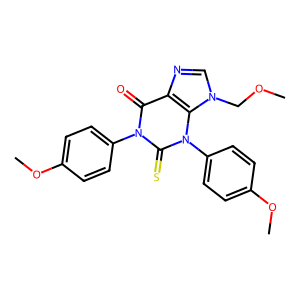
SMILES: COCn1cnc2c(=O)n(-c3ccc(OC)cc3)c(=S)n(-c3ccc(OC)cc3)c21
Inhibits HIV replication: No